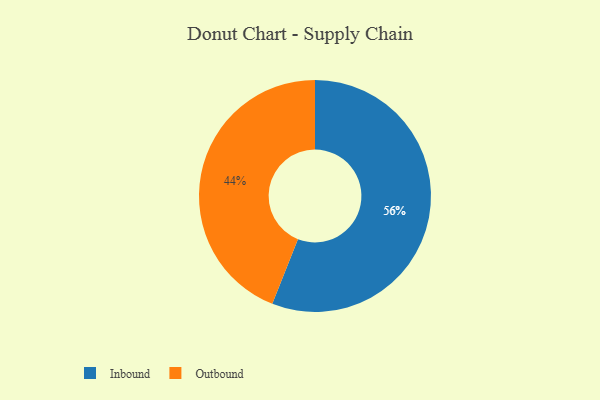
{"axis": {"x": "Category", "y": "Percentage"}, "legend": ["Inbound", "Outbound"], "data": [{"x": "Inbound", "y": 56, "type": "Inbound"}, {"x": "Outbound", "y": 44, "type": "Outbound"}]}